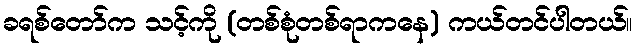
ခရစ်တော်က သင့်ကို (တစ်စုံတစ်ရာကနေ) ကယ်တင်ပါတယ်။